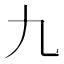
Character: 九